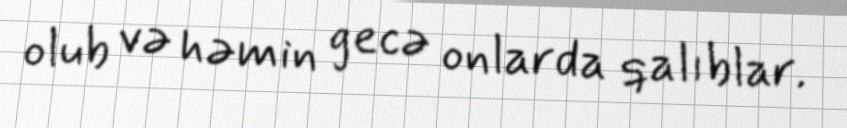
olub və həmin gecə onlarda qalıblar.